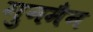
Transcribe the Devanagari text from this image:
गुनमैन